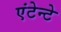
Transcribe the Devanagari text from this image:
एंटेन्टे